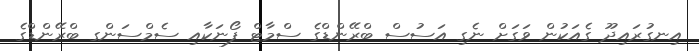
އިނގުރައިދޫ ގެއަކުން ވަގަށް ނެގި އަސުސް ބްރޭންޑްގެ ސްމާޓް ފޯނަކާއި ސެމްސަންގ ބްރޭންޑްގެ